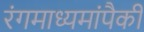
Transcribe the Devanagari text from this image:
रंगमाध्यमांपैकी